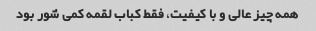
همه چیز عالی و با کیفیت، فقط کباب لقمه کمی شور بود